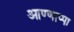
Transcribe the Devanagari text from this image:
आण्णाप्पा